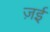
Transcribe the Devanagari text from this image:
ज़ई